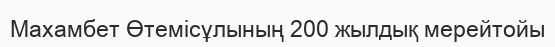
Махамбет Өтемісұлының 200 жылдық мерейтойы